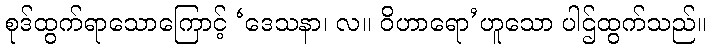
စုဒ်ထွက်ရာသောကြောင့် ‘ဒေသနာ၊ လ။ ဝိဟာရော’ဟူသော ပါဌ်ထွက်သည်။